Indian Civil Veterinary Department memoirs
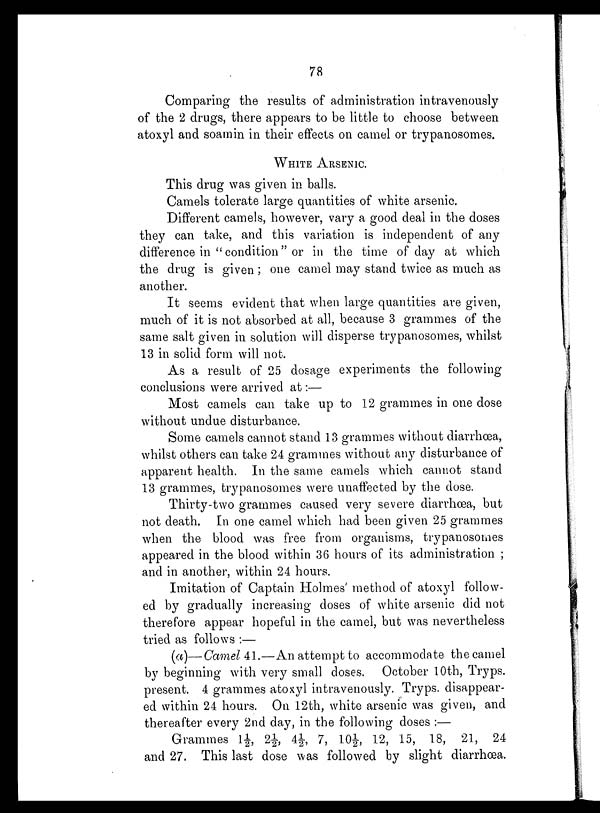
78
Comparing the results of administration intravenously
of the 2 drugs, there appears to be little to choose between
atoxyl and soamin in their effects on camel or trypanosomes.
WHITE ARSENIC.
This drug was given in balls.
Camels tolerate large quantities of white arsenic.
Different camels, however, vary a good deal in the doses
they can take, and this variation is independent of any
difference in "condition" or in the time of day at which
the drug is given; one camel may stand twice as much as
another.
It seems evident that when large quantities are given,
much of it is not absorbed at all, because 3 grammes of the
same salt given in solution will disperse trypanosomes, whilst
13 in solid form will not.
As a result of 25 dosage experiments the following
conclusions were arrived at:—
Most camels can take up to 12 grammes in one dose
without undue disturbance.
Some camels cannot stand 13 grammes without diarrhœa,
whilst others can take 24 grammes without any disturbance of
apparent health. In the same camels which cannot stand
13 grammes, trypanosomes were unaffected by the dose.
Thirty-two grammes caused very severe diarrhœa, but
not death. In one camel which had been given 25 grammes
when the blood was free from organisms, trypanosomes
appeared in the blood within 36 hours of its administration;
and in another, within 24 hours.
Imitation of Captain Holmes' method of atoxyl follow-
ed by gradually increasing doses of white arsenic did not
therefore appear hopeful in the camel, but was nevertheless
tried as follows:—
(a)—Camel 41.—An attempt to accommodate the camel
by beginning with very small doses. October 10th, Tryps.
present. 4 grammes atoxyl intravenously. Tryps. disappear-
ed within 24 hours. On 12th, white arsenic was given, and
thereafter every 2nd day, in the following doses:—
Grammes 1½, 2½, 4½, 7, 10½, 12, 15, 18, 21, 24
and 27. This last dose was followed by slight diarrhœa.